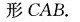
形CAB。